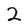
Character: 2